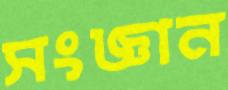
সংজ্ঞান